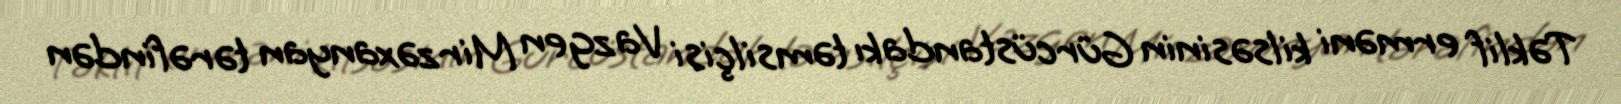
Təklif erməni kilsəsinin Gürcüstandakı təmsilçisi Vazgen Mirzəxanyan tərəfindən